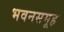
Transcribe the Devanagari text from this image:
भवनसमूह